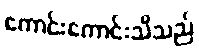
ကောင်းကောင်းသိသည်